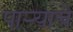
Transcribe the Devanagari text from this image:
पाऱ्याचे